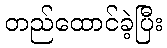
တည်ထောင်ခဲ့ပြီး